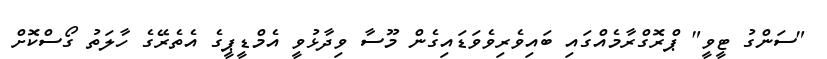
"ސަންގު ޓީވީ" ޕްރޮގްރާމެއްގައި ބައިވެރިވެވަޑައިގެން މޫސާ ވިދާޅުވީ އެމްޑީޕީގެ އެތެރޭގެ ހާލަތު ގޯސްކޮށް